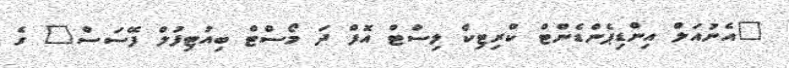
"އެނުއަލް އިންޑިޕެންޑެންޓް ކްރިޓިކް ލިސްޓް އޮފް ދަ މޯސްޓް ބިއުޓިފުލް ފޭސަސް" ގެ